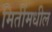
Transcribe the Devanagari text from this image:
मितींमधील